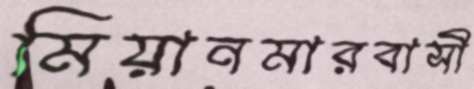
মিয়ানমারবাসী